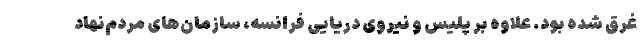
غرق شده بود. علاوه بر پلیس و نیروی دریایی فرانسه، سازمان‌های مردم‌نهاد